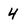
Character: 4